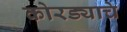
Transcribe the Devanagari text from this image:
कोरड्याचे